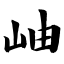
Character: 岫